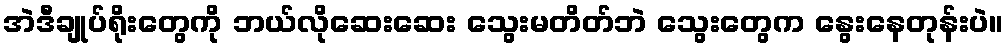
အဲဒီချုပ်ရိုးတွေကို ဘယ်လိုဆေးဆေး သွေးမတိတ်ဘဲ သွေးတွေက နွေးနေတုန်းပဲ။